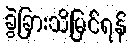
ခွဲခြားသိမြင်ရန်